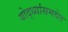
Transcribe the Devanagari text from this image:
योद्ध्यांसमवेत